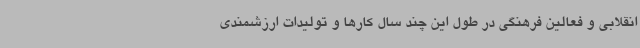
انقلابی و فعالین فرهنگی در طول این چند سال کارها و تولیدات ارزشمندی